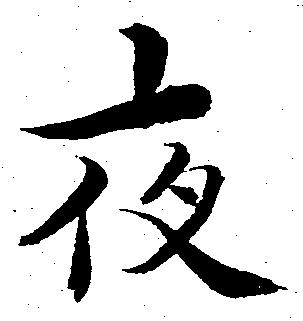
夜